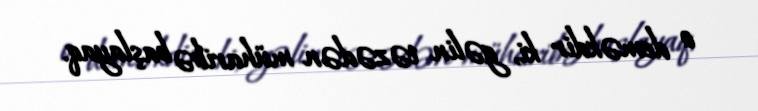
o deməkdir ki, gəlin təzədən müharibə başlayaq.